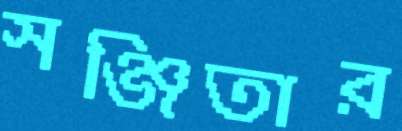
সঞ্জিতার